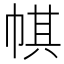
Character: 帺